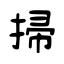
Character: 掃